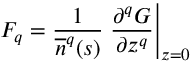
F _ { q } = \frac { 1 } { \overline { { n } } ^ { q } ( s ) } \left. \frac { \partial ^ { q } G } { \partial z ^ { q } } \right| _ { z = 0 }